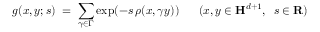
g ( x , y ; s ) \; = \; \sum _ { \gamma \in \Gamma } \exp ( - s \, \rho ( x , \gamma y ) ) \; \; \; \; \; \; ( x , y \in { \bf H } ^ { d + 1 } , \; \; s \in { \bf R } )